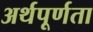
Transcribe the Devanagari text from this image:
अर्थपूर्णता